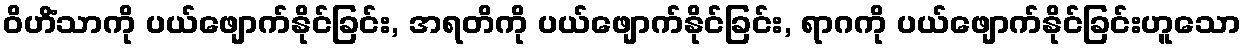
ဝိဟိံသာကို ပယ်ဖျောက်နိုင်ခြင်း, အရတိကို ပယ်ဖျောက်နိုင်ခြင်း, ရာဂကို ပယ်ဖျောက်နိုင်ခြင်းဟူသော